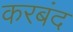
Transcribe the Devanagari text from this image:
करबंद